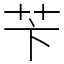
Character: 苄